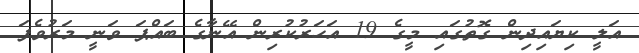
އަލީ ކިޔައިދިން ގޮތުގައި މީގެ 19 އަހަރުކުރިން އޭނާގެ ބައްޕަ ވަނީ މަރުވެފަ